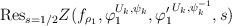
LaTeX: \begin{align*}\mathrm{Res}_{s=1/2}Z(f_{\rho_1},\varphi_1^{U_k,\psi_k},{\varphi_1'}^{U_k,\psi_k^{-1}},s)\end{align*}